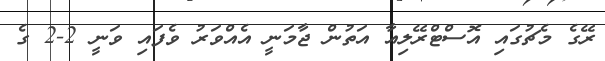
ރޭގެ މެޗުގައި އޮސްޓްރޭލިއާ އަތުން ޖާމަނީ އެއްވަރު ވެފައި ވަނީ 2-2 ގެ